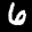
Label: 6